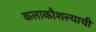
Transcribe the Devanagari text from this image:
कलाकौशल्याची